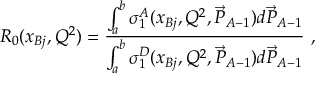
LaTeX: R _ { 0 } ( x _ { B j } , Q ^ { 2 } ) = { \frac { \int _ { a } ^ { b } \sigma _ { 1 } ^ { A } ( x _ { B j } , Q ^ { 2 } , \vec { P } _ { A - 1 } ) d \vec { P } _ { A - 1 } } { \int _ { a } ^ { b } \sigma _ { 1 } ^ { D } ( x _ { B j } , Q ^ { 2 } , \vec { P } _ { A - 1 } ) d \vec { P } _ { A - 1 } } } ~ ,